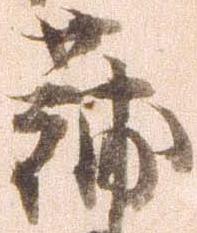
蒲